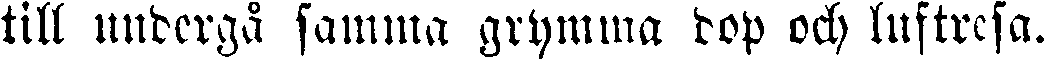
till undergä samma grymma dop och luftresa.